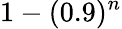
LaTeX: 1-(0.9)^{n}